Annual returns of the Patna Lunatic Asylum at Bankipore in Bihar and Orissa - 1912-1924
Year: 1912
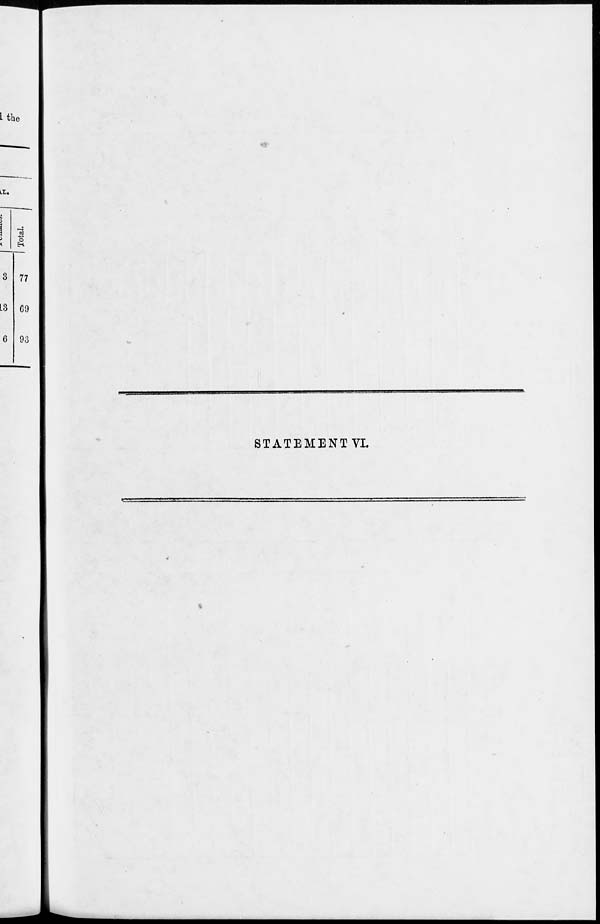
STATEMENT VI.